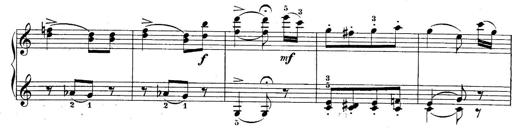
Title: 10 Sonatines progressives
Composer: Anton Schmoll